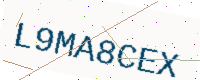
Text: L9MA8CEX